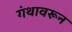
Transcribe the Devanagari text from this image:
गंथावरून